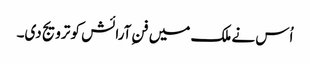
اُس نے ملک میں فنِ آرائش کو ترویج دی۔